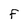
Character: f